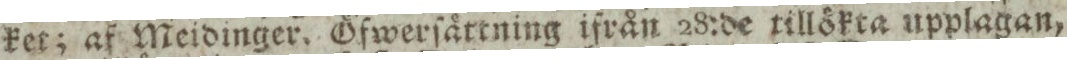
ket; af Meidinger. Öfwerſättning ifrån 28:de tillökta upplagan,